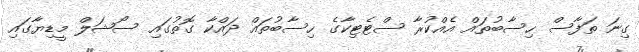
ގިނަ ތަފާސް ހިސާބުތައް އެއްކުރާ ސްޓެޓިކާގެ ހިސާބުތައް ދައްކާ ގޮތުގައި ސޯޝަލް މީޑިޔާގައި